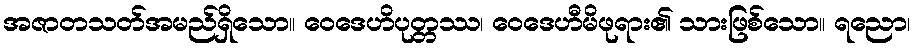
အဇာတသတ်အမည်ရှိသော။ ဝေဒေဟိပုတ္တဿ၊ ဝေဒေဟီမိဖုရား၏ သားဖြစ်သော။ ရညော၊